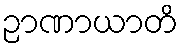
ဉာဏာယာတိ